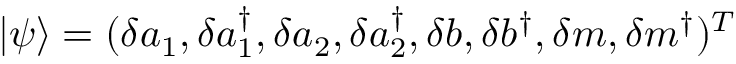
| \psi \rangle = ( \delta a _ { 1 } , \delta a _ { 1 } ^ { \dagger } , \delta a _ { 2 } , \delta a _ { 2 } ^ { \dagger } , \delta b , \delta b ^ { \dagger } , \delta m , \delta m ^ { \dagger } ) ^ { T }